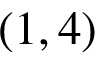
( 1 , 4 )